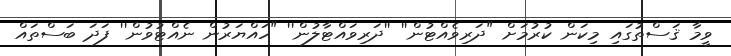
ވީމާ ޤަސްތުގައި މިކަން ކުރުމަށް "ދަރިވެއްޓުން'' ''ދަރިވައްޓާލުން'' "ހައްޔަރުން ނެއްޓުވުން'' ފަދަ ބަސްތައް